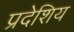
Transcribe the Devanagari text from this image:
प्रदेशिय